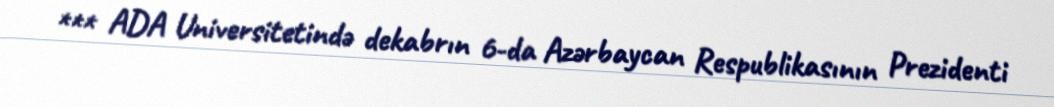
*** ADA Universitetində dekabrın 6-da Azərbaycan Respublikasının Prezidenti